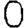
Digit: 0